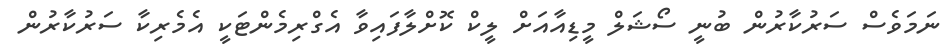
ނަމަވެސް ސަރުކާރުން ބުނީ ސޯޝަލް މީޑިއާއަށް ލީކް ކޮށްލާފައިވާ އެގްރިމެންޓަކީ އެމެރިކާ ސަރުކާރުން